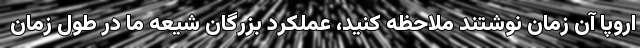
اروپا آن زمان نوشتند ملاحظه کنید، عملکرد بزرگان شیعه ما در طول زمان